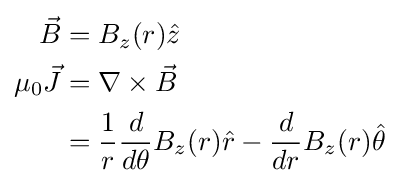
{\begin{aligned}{\vec {B}}&=B_{z}(r){\hat {z}}\\\mu _{0}{\vec {J}}&=\nabla \times {\vec {B}}\\&={\frac {1}{r}}{\frac {d}{d\theta }}B_{z}(r){\hat {r}}-{\frac {d}{dr}}B_{z}(r){\hat {\theta }}\end{aligned}}